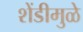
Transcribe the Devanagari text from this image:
शेंडीमुळे